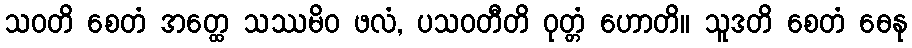
သဝတိ စေတံ အတ္ထေ သဿမိဝ ဖလံ, ပသဝတီတိ ဝုတ္တံ ဟောတိ။ သူဒတိ စေတံ ဓေနု